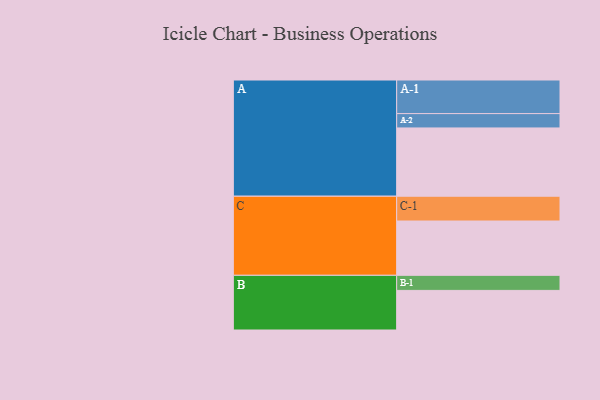
{"axis": {"x": "Segment", "y": "Value"}, "legend": ["", "A", "B", "C"], "data": [{"x": "A", "y": 557, "type": ""}, {"x": "B", "y": 323, "type": ""}, {"x": "C", "y": 443, "type": ""}, {"x": "A-1", "y": 274, "type": "A"}, {"x": "A-2", "y": 117, "type": "A"}, {"x": "B-1", "y": 123, "type": "B"}, {"x": "C-1", "y": 202, "type": "C"}]}